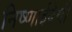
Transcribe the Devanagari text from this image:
निष्णाईदेवी